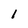
Character: 1